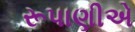
રૂપાણીએ